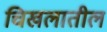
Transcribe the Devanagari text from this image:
चिखलातील